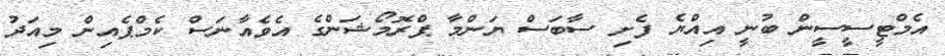
އެމްޓީސީސީން ބުނީ އިއްޔެ ފެށި ސާބަސް ޔަންމާ ޕްރޮމޯޝަންގެ އެވެއާނަސް ކެމްޕެއިން މިއަދު